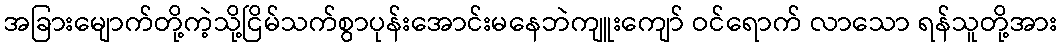
အခြားမျောက်တို့ကဲ့သို့ငြိမ်သက်စွာပုန်းအောင်းမနေဘဲကျူးကျော် ဝင်ရောက် လာသော ရန်သူတို့အား